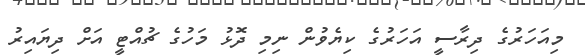
މިއަހަރުގެ ދިރާސީ އަހަރުގެ ކިޔެވުން ނިމި ދޮޅު މަހުގެ ޗުއްޓީ އަށް ދިޔައިރު